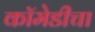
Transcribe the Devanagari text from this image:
कॉमेडीचा